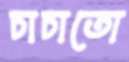
চাচাতো